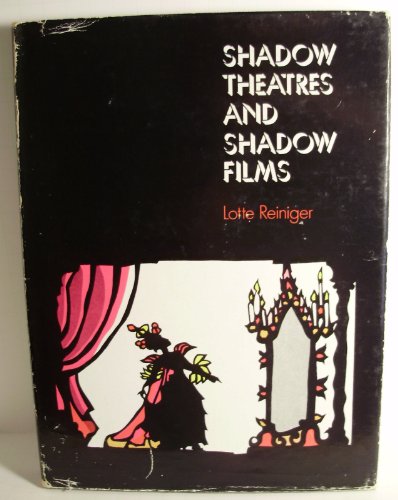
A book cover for Shadow Theatres and Shadow Films; Lotte Reiniger; Crafts, Hobbies & Home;